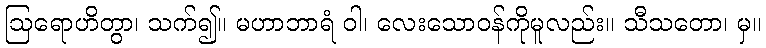
ဩရောဟိတွာ၊ သက်၍။ မဟာဘာရံ ဝါ၊ လေးသောဝန်ကိုမူလည်း။ သီသတော၊ မှ။